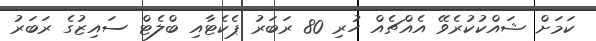
ކަމަށް ޝައްކުކުރެވޭ އެއްޗެއް ހުރި 80 ރަބަރު ޕެކެޓާއި ބްލެޓް ސައިޒުގެ ރަބަރު